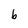
Character: b